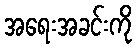
အရေးအခင်းကို